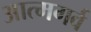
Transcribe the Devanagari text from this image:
आत्मगर्व